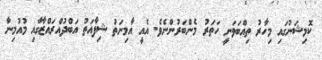
ކޮމިޝަނުގައި މިހާރު ތިއްބަވަނީ ހަތަރު މެންބަރުންނެވެ. އެއީ އާމިނަތު ޝިފާއަތު އަބްދުއްރައްޒާގާއި މުއުމިނާ